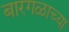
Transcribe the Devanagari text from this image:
बारगळाच्या